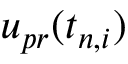
u _ { p r } ( t _ { n , i } )